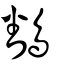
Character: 鷭